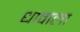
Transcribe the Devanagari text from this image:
धावाला